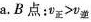
a.B点：$$v_{正}>v_{逆}$$